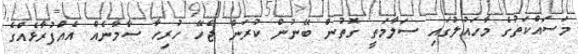
މަސައްކަތުގެ މާހައުލުގައި ސަލާމަތީ ގޮތުން ބޭނުން ކުރަން ޖެހޭ ހުރިހާ ސާމާނެއް އެއްފުރާޅެއްގެ